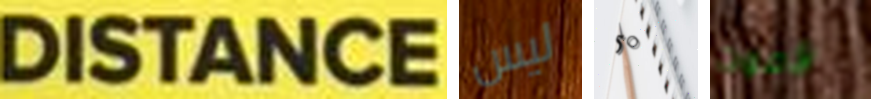
DISTANCE ليس 50 لأموت